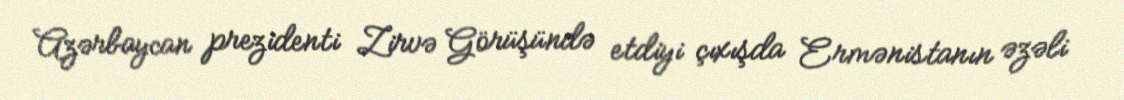
Azərbaycan prezidenti Zirvə Görüşündə etdiyi çıxışda Ermənistanın əzəli